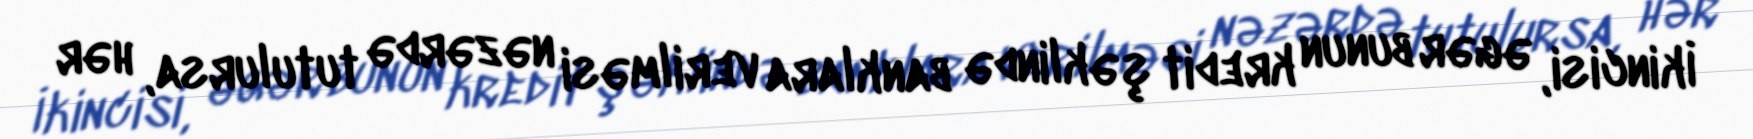
İkincisi, əgər bunun kredit şəklində banklara verilməsi nəzərdə tutulursa, hər